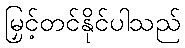
မြှင့်တင်နိုင်ပါသည်